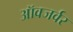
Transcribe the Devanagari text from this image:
ऑवजर्वर